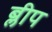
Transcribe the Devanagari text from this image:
ब्लीप